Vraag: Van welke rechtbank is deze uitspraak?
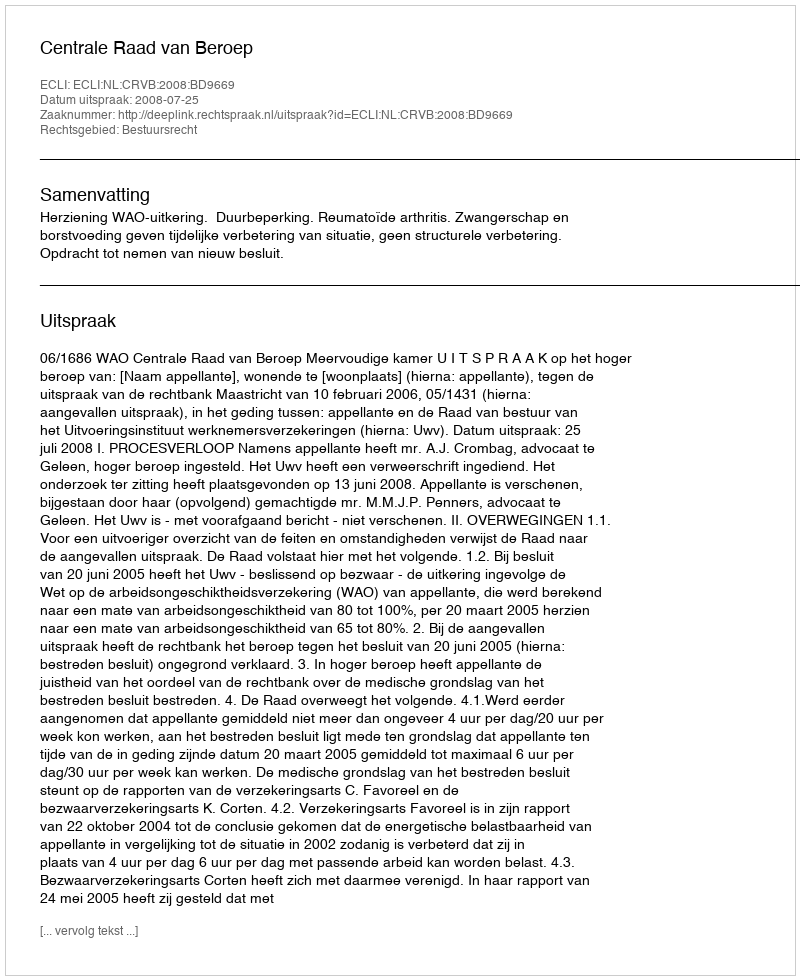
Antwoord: Centrale Raad van Beroep